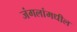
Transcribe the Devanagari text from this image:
जंगलांमधील